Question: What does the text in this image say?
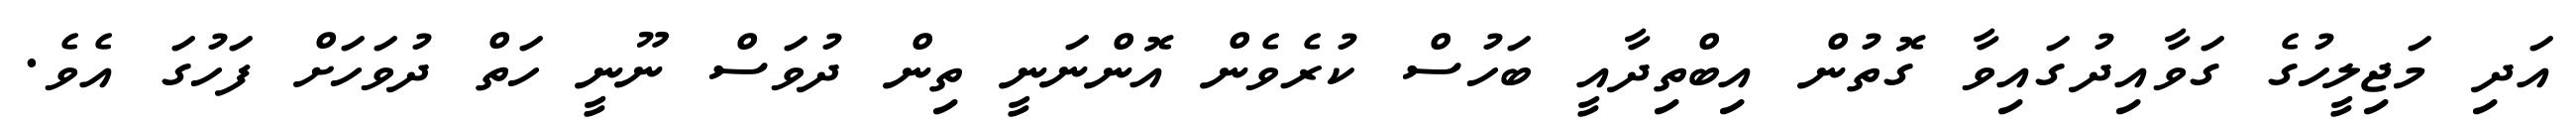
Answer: އަދި މަޖިލީހުގެ ގަވާއިދުގައިވާ ގޮތުން އިބްތިދާއީ ބަހުސް ކުރެވެން އޮންނަނީ ތިން ދުވަސް ނޫނީ ހަތް ދުވަހަށް ފަހުގަ އެވެ.